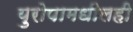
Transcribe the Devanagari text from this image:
युरोपामधीलही